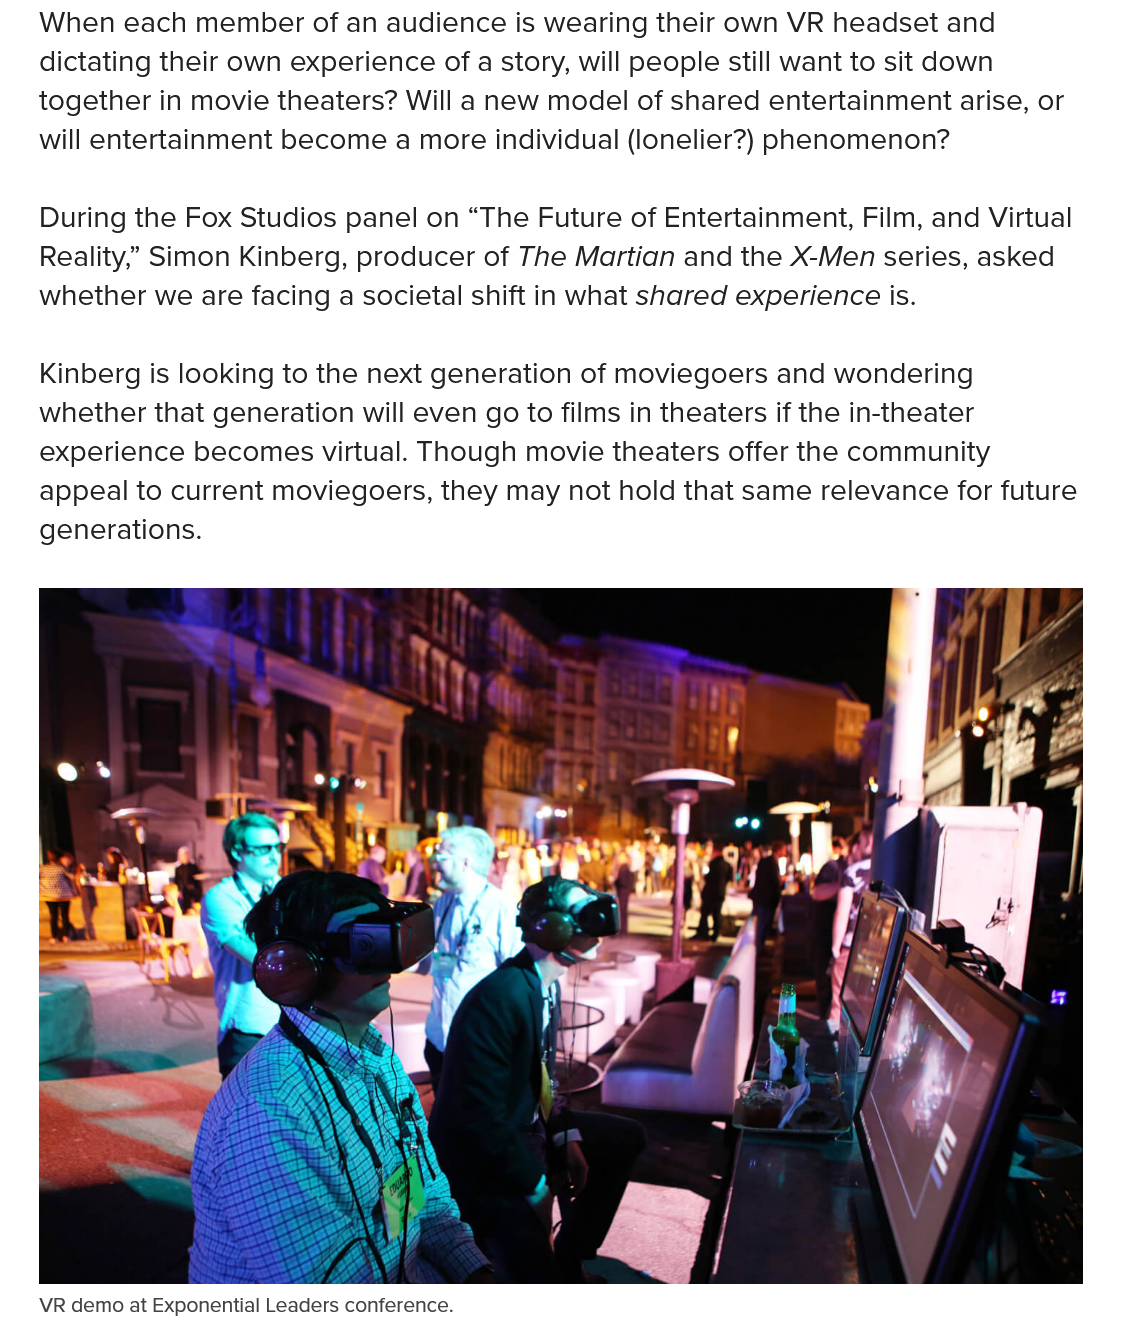
When each member of an audience is wearing their own VR headset and
   dictating their own experience of a story, will people still want to sit down
   together in movie theaters? Will a new model of shared entertainment arise, or
   will entertainment become a more individual (lonelier?) phenomenon?
   During the Fox Studios panel on “The Future of Entertainment, Film, and Virtual
   Reality,” Simon Kinberg, producer of The Martian and the X-Men series, asked
   whether we are facing a societal shift in what shared experience is.
   Kinberg is looking to the next generation of moviegoers and wondering
   whether that generation will even go to films in theaters if the in-theater
   experience becomes virtual. Though movie theaters offer the community
   appeal to current moviegoers, they may not hold that same relevance for future
   generations.
   VR demo at Exponential Leaders conference.